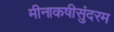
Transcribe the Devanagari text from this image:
मीनाकषीसुंदरम